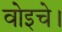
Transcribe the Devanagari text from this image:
वोइचे।